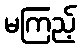
မကြည့်